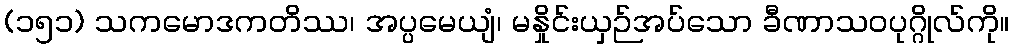
(၁၅၁) သကမောဒကတိဿ၊ အပ္ပမေယျံ၊ မနှိုင်းယှဉ်အပ်သော ခီဏာသဝပုဂ္ဂိုလ်ကို။